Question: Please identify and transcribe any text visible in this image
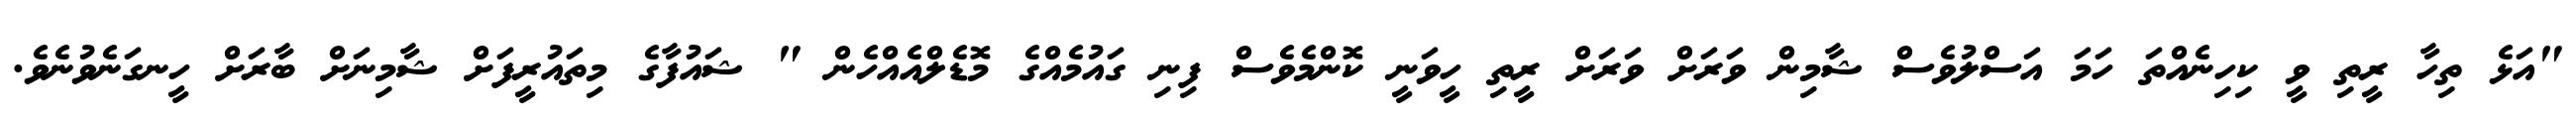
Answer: "އަޅެ ތިހާ ރީތި ވީ ކިހިނެއްތަ ހަމަ އަސްލުވެސް ޝާމިން ވަރަށް ވަރަށް ރީތި ހީވަނީ ކޮންމެވެސް ފިނި ގައުމެއްގެ މޮޑެލްއެއްހެން " ޝައުފާގެ މިތައުރީފަށް ޝާމިނަށް ބާރަށް ހީނގަނެވުނެވެ.